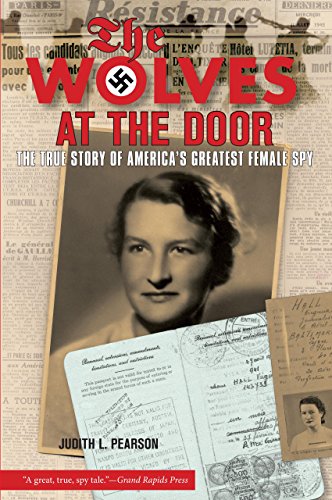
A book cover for Wolves at the Door: The True Story Of America's Greatest Female Spy; Judith Pearson; History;